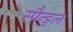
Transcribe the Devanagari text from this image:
स्पैन्ड्रल